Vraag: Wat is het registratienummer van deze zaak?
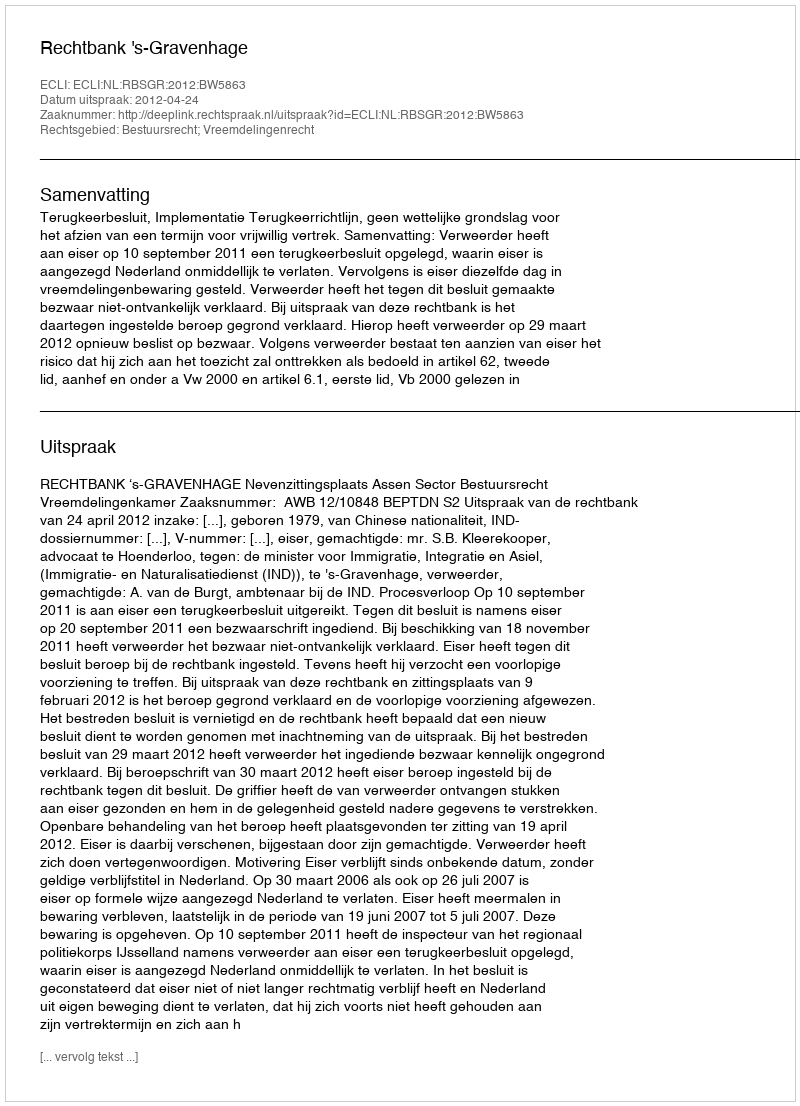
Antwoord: http://deeplink.rechtspraak.nl/uitspraak?id=ECLI:NL:RBSGR:2012:BW5863